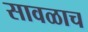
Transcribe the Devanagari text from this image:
सावळाच